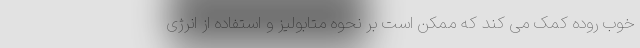
خوب روده کمک می کند که ممکن است بر نحوه متابولیز و استفاده از انرژی